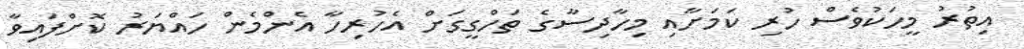
އިތުރު މީހަކުވެސް ހުރި ކަމަށާއި މިހާދިސާގެ ތަހްގީގަށް އެހުރިހާ އެންމެން ހައްޔަރު ކޮށްފައިވާ